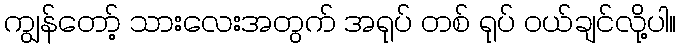
ကျွန်တော့် သားလေးအတွက် အရုပ် တစ် ရုပ် ဝယ်ချင်လို့ပါ။